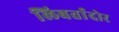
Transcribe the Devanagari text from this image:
लिबर्तादोर